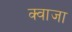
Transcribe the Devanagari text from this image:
क्वाजा